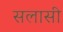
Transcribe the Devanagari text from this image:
सलासी